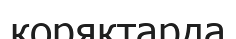
коряктарда